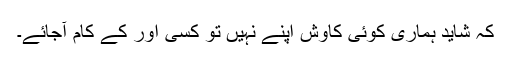
کہ شاید ہماری کوئی کاوش اپنے نہیں تو کسی اور کے کام آجائے۔